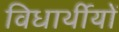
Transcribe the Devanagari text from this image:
विधार्थीयों